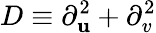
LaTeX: D\equiv\partial_{\mathbf{u}}^{2}+\partial_{v}^{2}